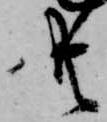
共